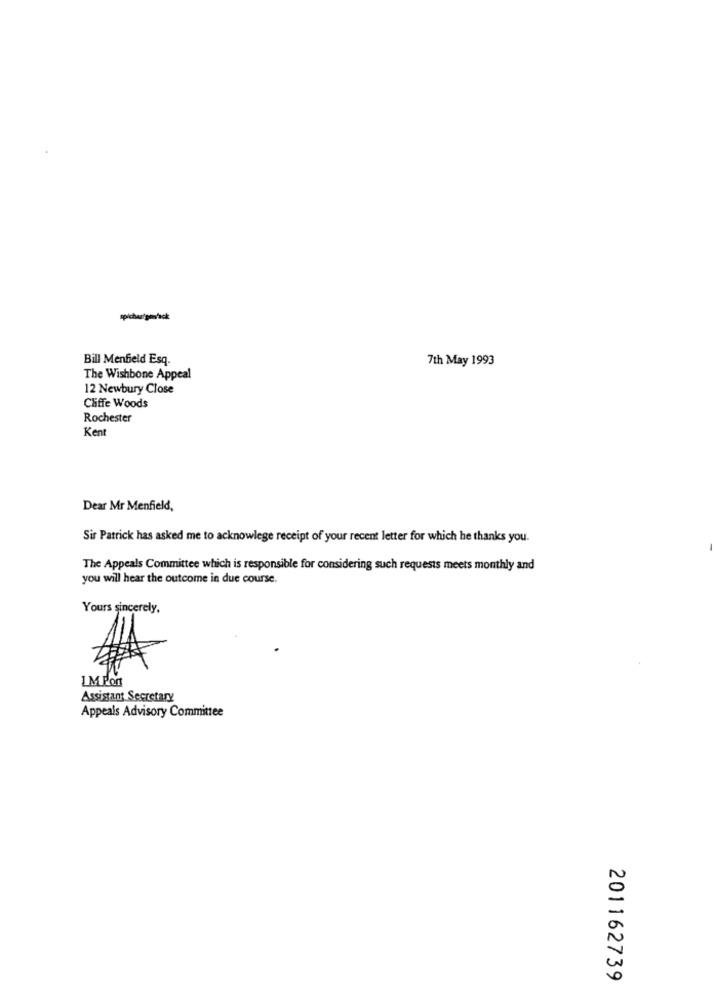
Bill Menfield Esq.
7th May 1993
The Wishbone Appeal
12 Newbury Close
Cliffe Woods
Rochester
Kent
Dear Mr Menfield,
Sir Patrick has asked me to acknowlege receipt of your recent letter for which he thanks you.
The Appeals Committee which is responsible for considering such requests meets monthly and
you will hear the outcome in due course.
Yours sincerely.
IM Pon
Assistant Secretary
Appeals Advisory Committee
201162739